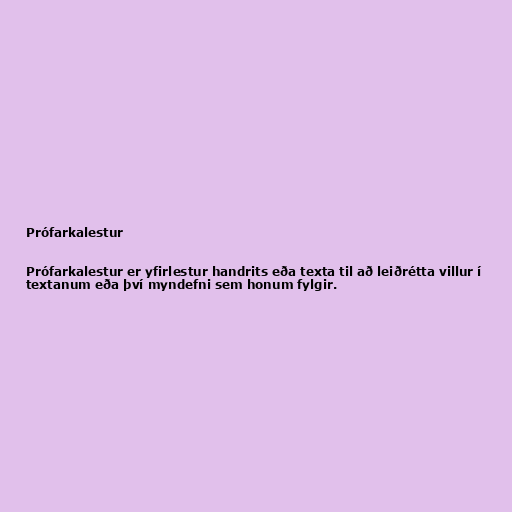
Prófarkalestur

Prófarkalestur er yfirlestur handrits eða texta til að leiðrétta villur í
textanum eða því myndefni sem honum fylgir.